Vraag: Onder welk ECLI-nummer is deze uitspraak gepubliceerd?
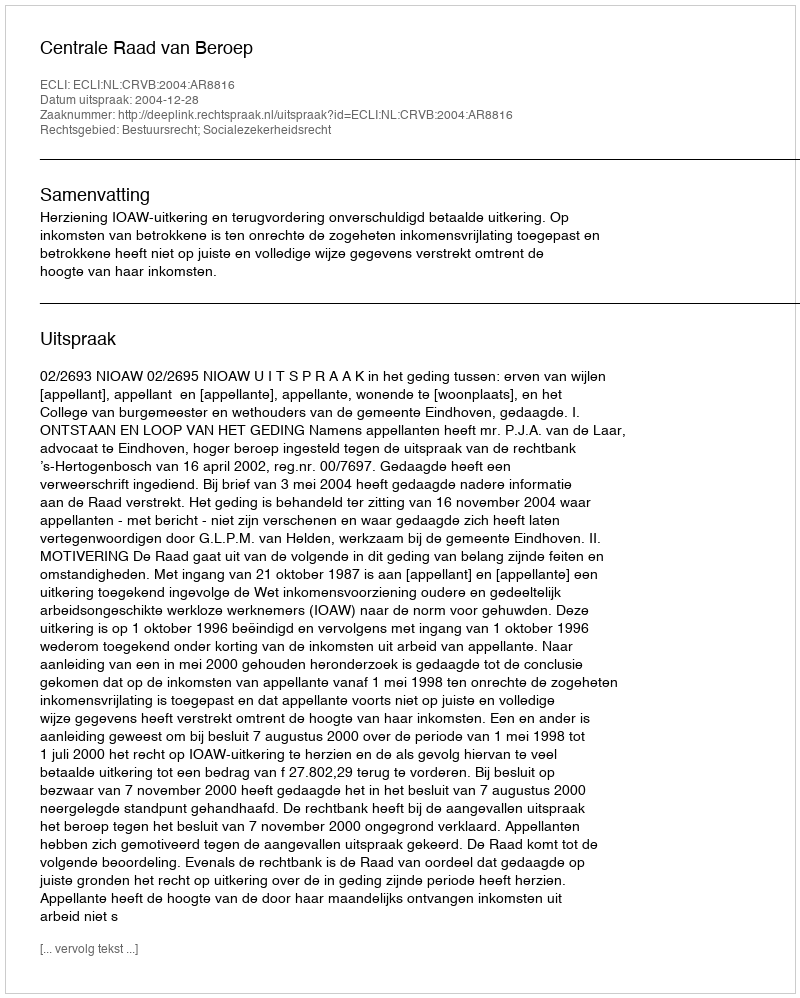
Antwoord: ECLI:NL:CRVB:2004:AR8816